Vaccination in the Punjab 1883-1896 - 1883-1896
Year: 1883
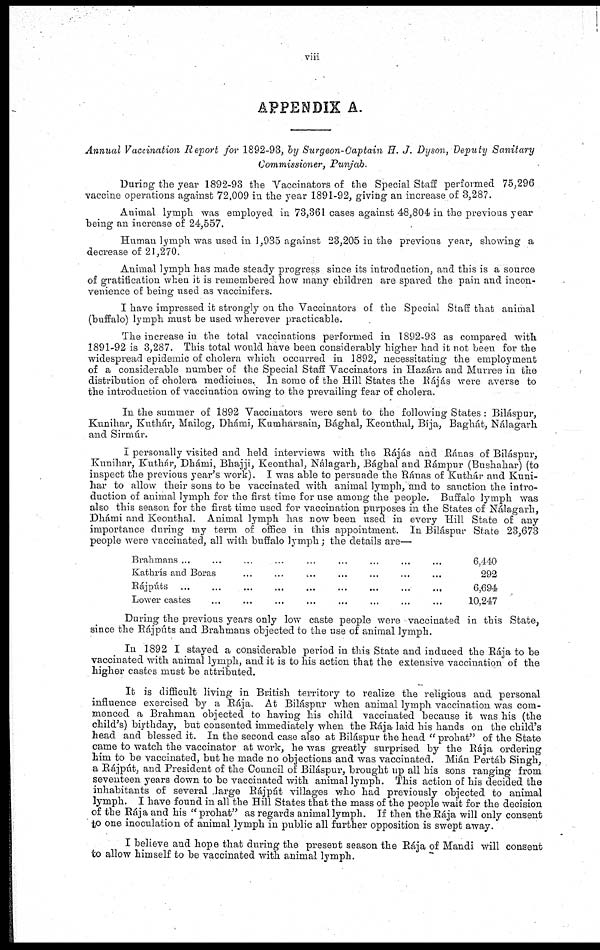
viii
APPENDIX A.
Annual Vaccination Report for 1892-93, by Surgeon-Captain H. J. Dyson, Deputy Sanitary
Commissioner, Punjab.
During the year 1892-93 the Vaccinators of the Special Staff performed 75,296
vaccine operations against 72,009 in the year 1891-92, giving an increase of 3,287.
Animal lymph was employed in 73,361 cases against 48,804 in the previous year
being an increase of 24,557.
Human lymph was used in 1,935 against 23,205 in the previous year, showing a
decrease of 21,270.
Animal lymph has made steady progress since its introduction, and this is a source
of gratification when it is remembered how many children are spared the pain and incon-
venience of being used as vaccinifers.
I have impressed it strongly on the Vaccinators of the Special Staff that animal
(buffalo) lymph must be used wherever practicable.
The increase in the total vaccinations performed in 1892-93 as compared with
1891-92 is 3,287. This total would have been considerably higher had it not been for the
widespread epidemic of cholera which occurred in 1892, necessitating the employment
of a considerable number of the Special Staff Vaccinators in Hazára and Murree in the
distribution of cholera medicines. In some of the Hill States the Rájás were averse to
the introduction of vaccination owing to the prevailing fear of cholera.
In the summer of 1892 Vaccinators were sent to the following States : Biláspur,
Kunihar, Kuthár, Mailog, Dhámi, Kumharsain, Bághal, Keonthal, Bíja, Baghát, Nálagarh
and Sirmúr.
I personally visited and held interviews with the Rájás and Ránas of Biláspur,
Kunihar, Kuthár, Dhámi, Bhajji, Keonthal, Nálagarh, Bághal and Rámpur (Bushahar) (to
inspect the previous year's work). I was able to persuade the Ránas of Kuthár and Kuni-
har to allow their sons to be vaccinated with animal lymph, and to sanction the intro-
duction of animal lymph for the first time for use among the people. Buffalo lymph was
also this season for the first time used for vaccination purposes in the States of Nálagarh,
Dhámi and Keonthal. Animal lymph has now been used in every Hill State of any
importance during my term of office in this appointment. In Biláspur State 23,673
people were vaccinated, all with buffalo lymph; the details are—
Brahmans ...
Kathrís and Boras
Rájpúts
Lower castes
...
...
...
...
...
...
...
...
...
...
...
...
...
...
...
...
...
...
...
...
...
...
...
...
...
...
6,440
292
6,694
10,247
During the previous years only low caste people were vaccinated in this State,
since the Rájpúts and Brahmans objected to the use of animal lymph.
In 1892 1 stayed a considerable period in this State and induced the Rája to be
vaccinated with animal lymph, and it is to his action that the extensive vaccination of the
higher castes must be attributed.
It is difficult living in British territory to realize the religious and personal
influence exercised by a Rája. At Biláspur when animal lymph vaccination was com-
menced a Brahman objected to having his child vaccinated because it was his (the
child's) birthday, but consented immediately when the Rája laid his hands on the child's
head and blessed it. In the second case also at Biláspur the head "prohat" of the State
came to watch the vaccinator at work, he was greatly surprised by the Rája ordering
him to be vaccinated, but he made no objections and was vaccinated. Mián Pertáb Singh,
a Rájpút, and President of the Council of Biláspur, brought up all his sons ranging from
seventeen years down to be vaccinated with animal lymph. This action of his decided the
inhabitants of several large Rájpút villages who had previously objected to animal
lymph. I have found in all the Hill States that the mass of the people wait for the decision
of the Rája and his "prohat" as regards animal lymph. If then the Rája will only consent
to one inoculation of animal lymph in public all further opposition is swept away.
I believe and hope that during the present season the Rája of Mandi will consent
to allow himself to be vaccinated with animal lymph.